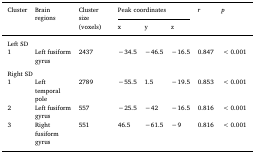
| <ROWSPAN=2> Cluster | <ROWSPAN=2> Brain regions | <ROWSPAN=2> Cluster size (voxels) | <COLSPAN=3> Peak coordinates | <ROWSPAN=2> r | <ROWSPAN=2> p |
 | x | y | z |
 | --- | --- | --- | --- | --- | --- | --- | --- |
 | <COLSPAN=8> Left SD |
 | 1 | Left fusiform gyrus | 2437 | −34.5 | −46.5 | −16.5 | 0.847 | <0.001 |
 | <COLSPAN=8>  |
 | <COLSPAN=8> Right SD |
 | 1 | Left temporal pole | 2789 | −55.5 | 1.5 | −19.5 | 0.853 | <0.001 |
 | 2 | Left fusiform gyrus | 557 | −25.5 | −42 | −16.5 | 0.816 | <0.001 |
 | 3 | Right fusiform gyrus | 551 | 46.5 | −61.5 | −9 | 0.816 | <0.001 |